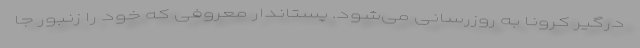
درگیر کرونا به روزرسانی می‌شود. پستاندار معروفی که خود را زنبور جا